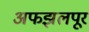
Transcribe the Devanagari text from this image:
अफझलपूर